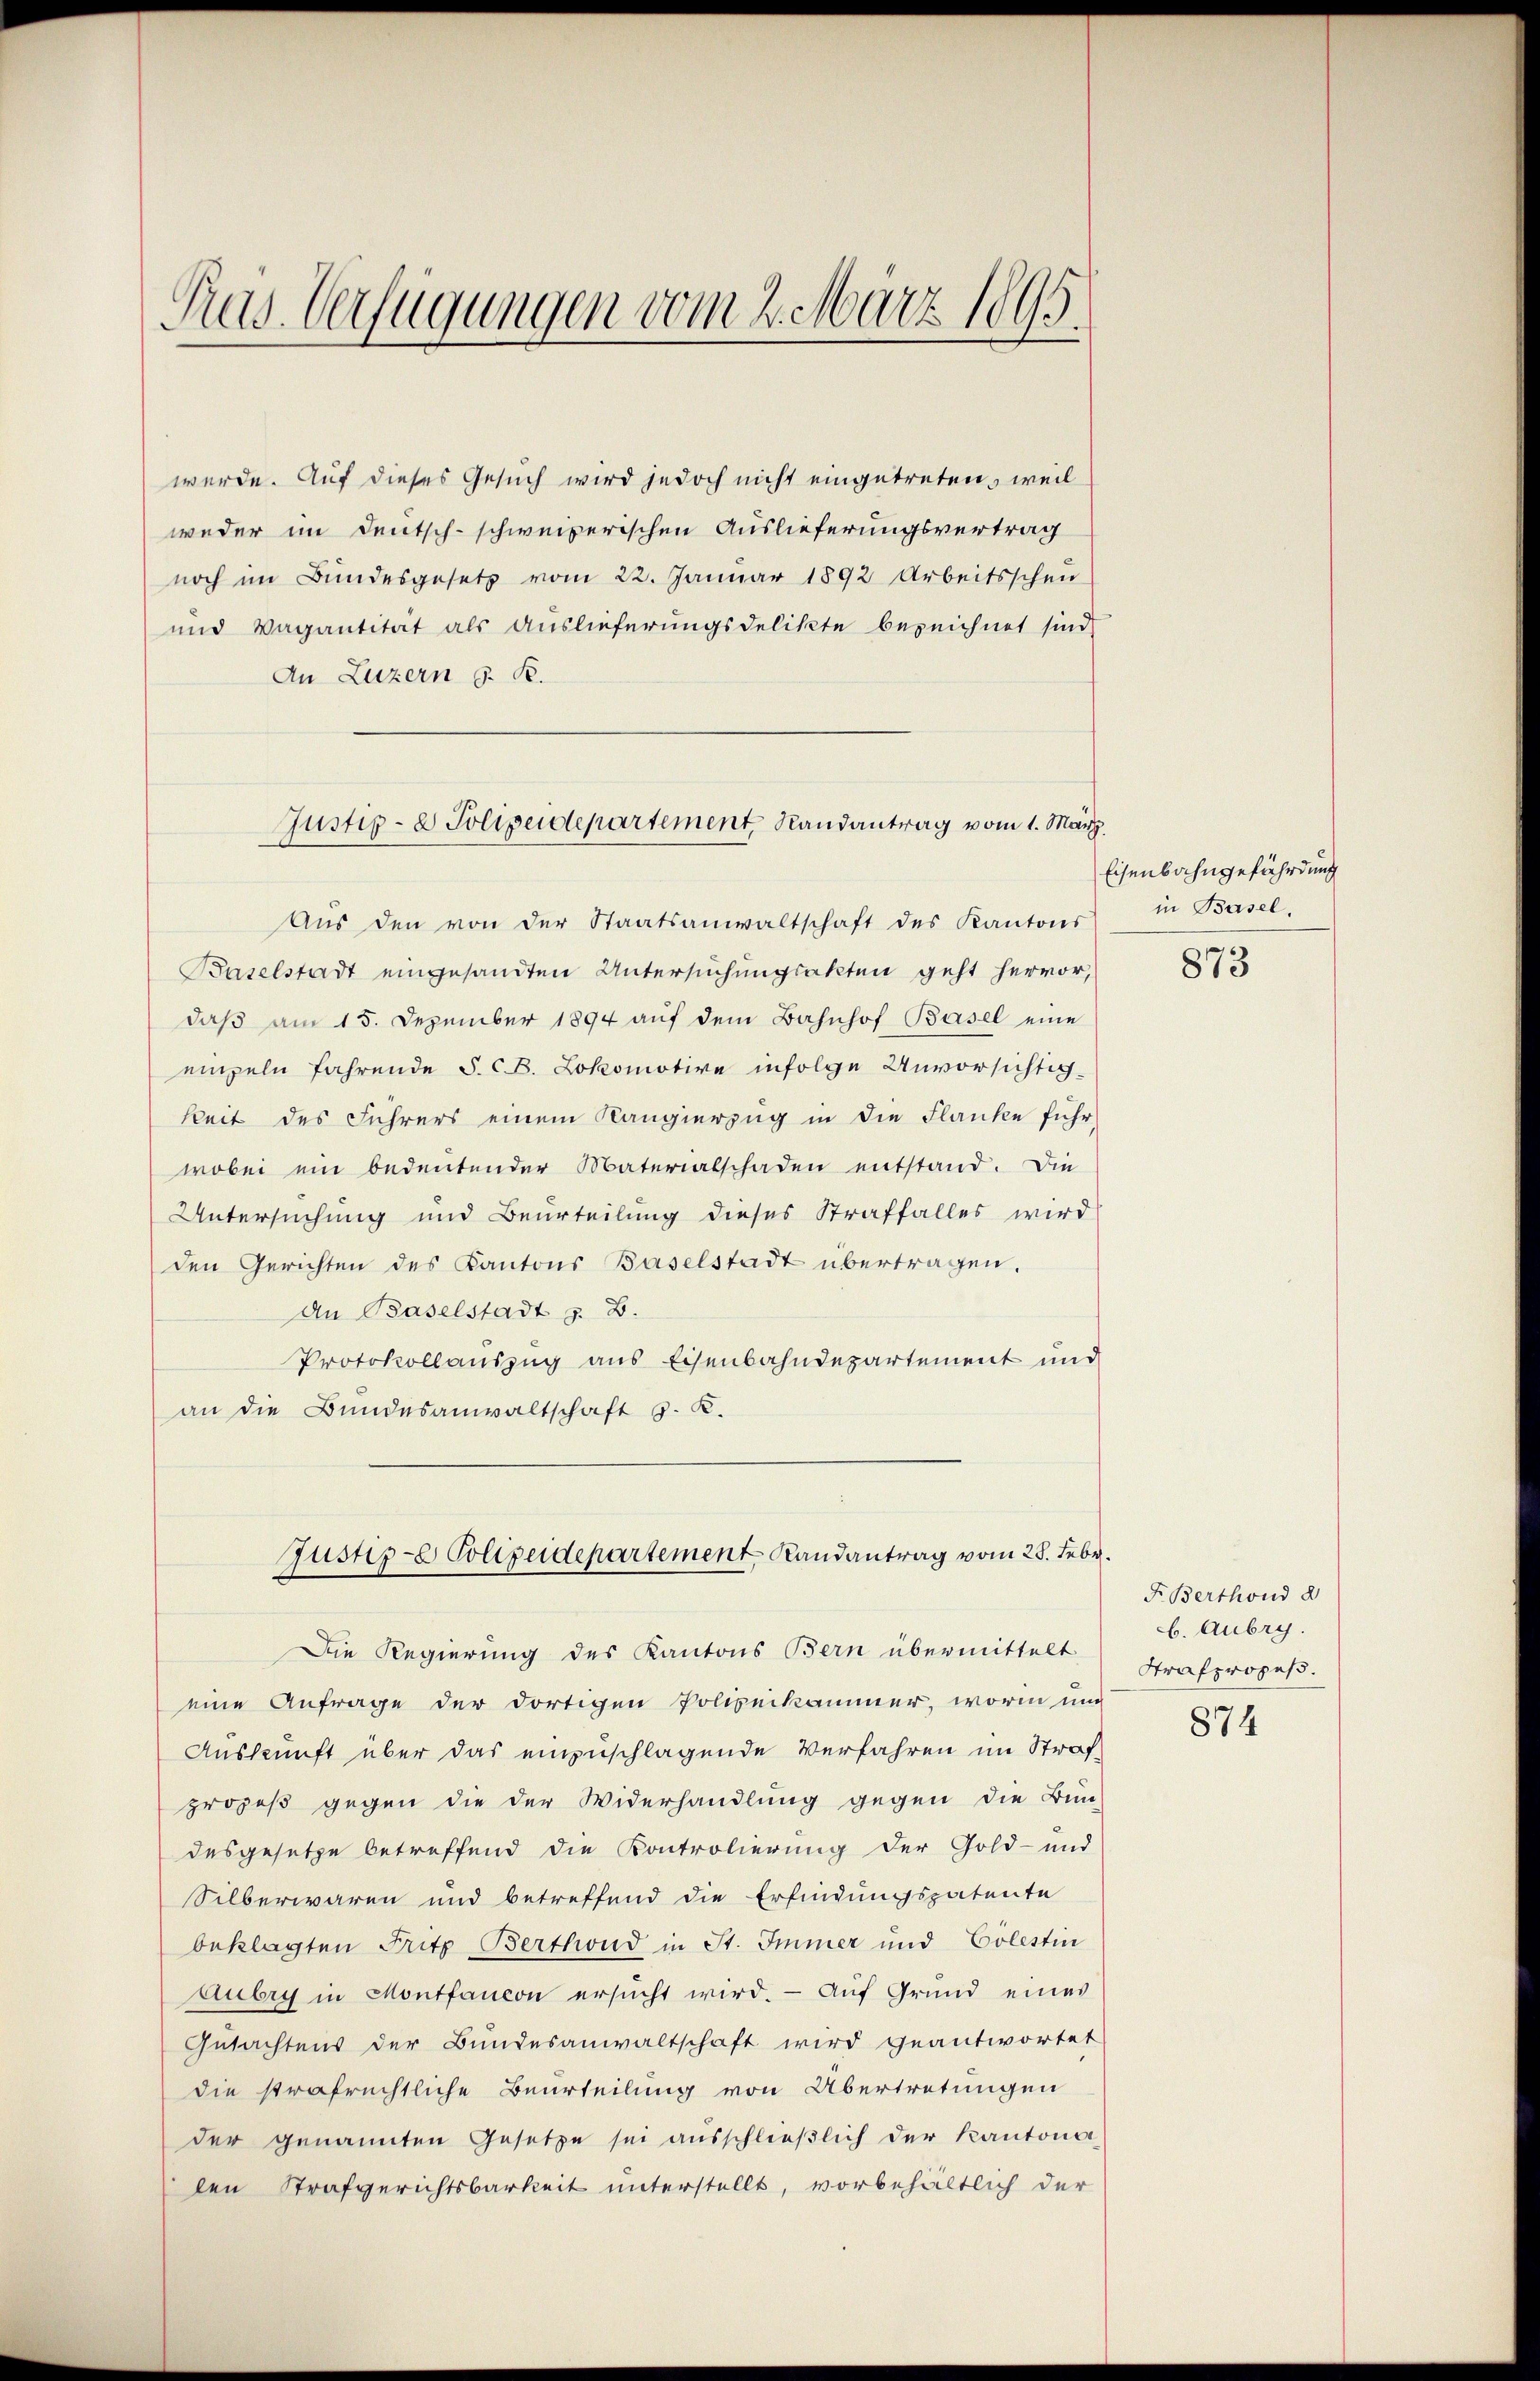
Prus. Verfügungen vom 2. März 1895.

werde. Auf dieses Gesuch wird jedoch nicht eingetreten, weil
weder im Deutsch-schweizerischen Auslieferungsvertrag
noch im Bundesgesetz vom 22. Januar 1892 Arbeitsschen
und Vagantität als Auslieferungsdelikte bezeichnet sind,
An Luzern G. K.

Justiz- & Polizeidepartement Randantrag vom 1. März.

Aŭs den von der Staatsanwaltschaft des Kantons
Baselstadt eingesandten Untersuchungsakten geht hervor,
daβ am 15. Dezember 1894 aŭf dem Bahnhof Basel eine
empeln fahrende S. B. Lokomotive infolge Unvorsichtigkeit des Führers einem Kangierzug in die Flanke führ
wobei ein bedeutender Materialschaden entstand. Die
Untersuchung und Beurteilung dieses Straffalles wird
den Gerichten des Kantons Baselstadt übertragen.
An Baselstadt z. B.
Protokollauszug aus Eisenbahndepartement und
an die Bundesanwaltschaft z. K.

Justiz- Polizeidepartement Randantrag vom 28. Febr.

Die Regierung des Kantons Bern übermittelt
eine Anfrage der dortigen Polizeikammer, worin um

Auskunft über das einzuschlagende Verfahren im Strafprozeß gegen die der Widerhandlung gegen die Bun-
desgesetze betreffend die Kontrolierung der Gold- und
Silberwaren und betreffend die Erfindungspatente
beklagten Fritz Berthond in St. Immer und Cölestin
Aubry in Montfancon ersŭcht wird. - Auf Grund eines
Gutachtens der Bundesanwaltschaft wird geantwortet
die strafrechtliche Beurteilung von Übertretungen
der genannten Gesetze sei ausschlieβlich der Kantona
len Strafgerichtsbarkeit unterstellt, vorbehältlich der

Eisenbahngefährdung
in Basel.

873

F. Berthond d
b. Aubry.
Strafpropos.

874